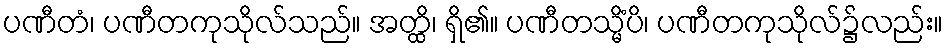
ပဏီတံ၊ ပဏီတကုသိုလ်သည်။ အတ္ထိ၊ ရှိ၏။ ပဏီတသ္မိံပိ၊ ပဏီတကုသိုလ်၌လည်း။